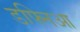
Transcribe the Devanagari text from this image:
डफ्निआ